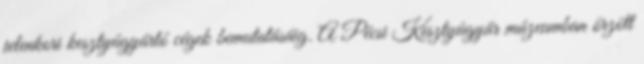
jelenkori kesztyûgyártó cégek bemutatásáig. A Pécsi Kesztyûgyár múzeumban ôrzött